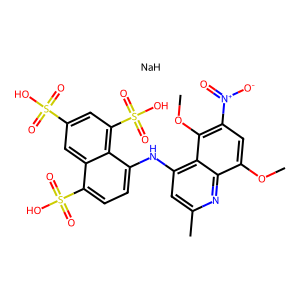
SMILES: COc1cc([N+](=O)[O-])c(OC)c2c(Nc3ccc(S(=O)(=O)O)c4cc(S(=O)(=O)O)cc(S(=O)(=O)O)c34)cc(C)nc12.[NaH]
Inhibits HIV replication: No